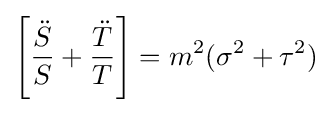
\left[{\frac {\ddot {S}}{S}}+{\frac {\ddot {T}}{T}}\right]=m^{2}(\sigma ^{2}+\tau ^{2})